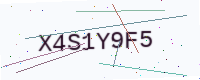
Text: X4S1Y9F5